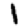
Digit: 1